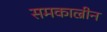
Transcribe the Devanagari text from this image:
समकाल्रीन